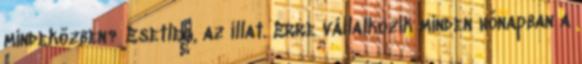
mindeközben? Esetleg, az illat. Erre vállalkozik minden hónapban a